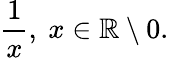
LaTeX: \frac{1}{x},~x\in\mathbb{R}\setminus{0}.